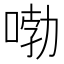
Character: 𠷺